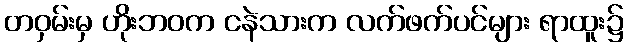
တဝှမ်းမှ ဟိုးဘဝက ငနဲသားက လက်ဖက်ပင်များ ရာထူး၌